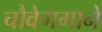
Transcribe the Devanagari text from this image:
चौवेगगाने